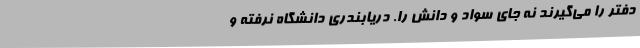
دفتر را می‌گیرند نه جای سواد و دانش را. دریابندری دانشگاه نرفته و